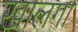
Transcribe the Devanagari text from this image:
खालगा